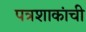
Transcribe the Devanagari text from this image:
पत्रशाकांची